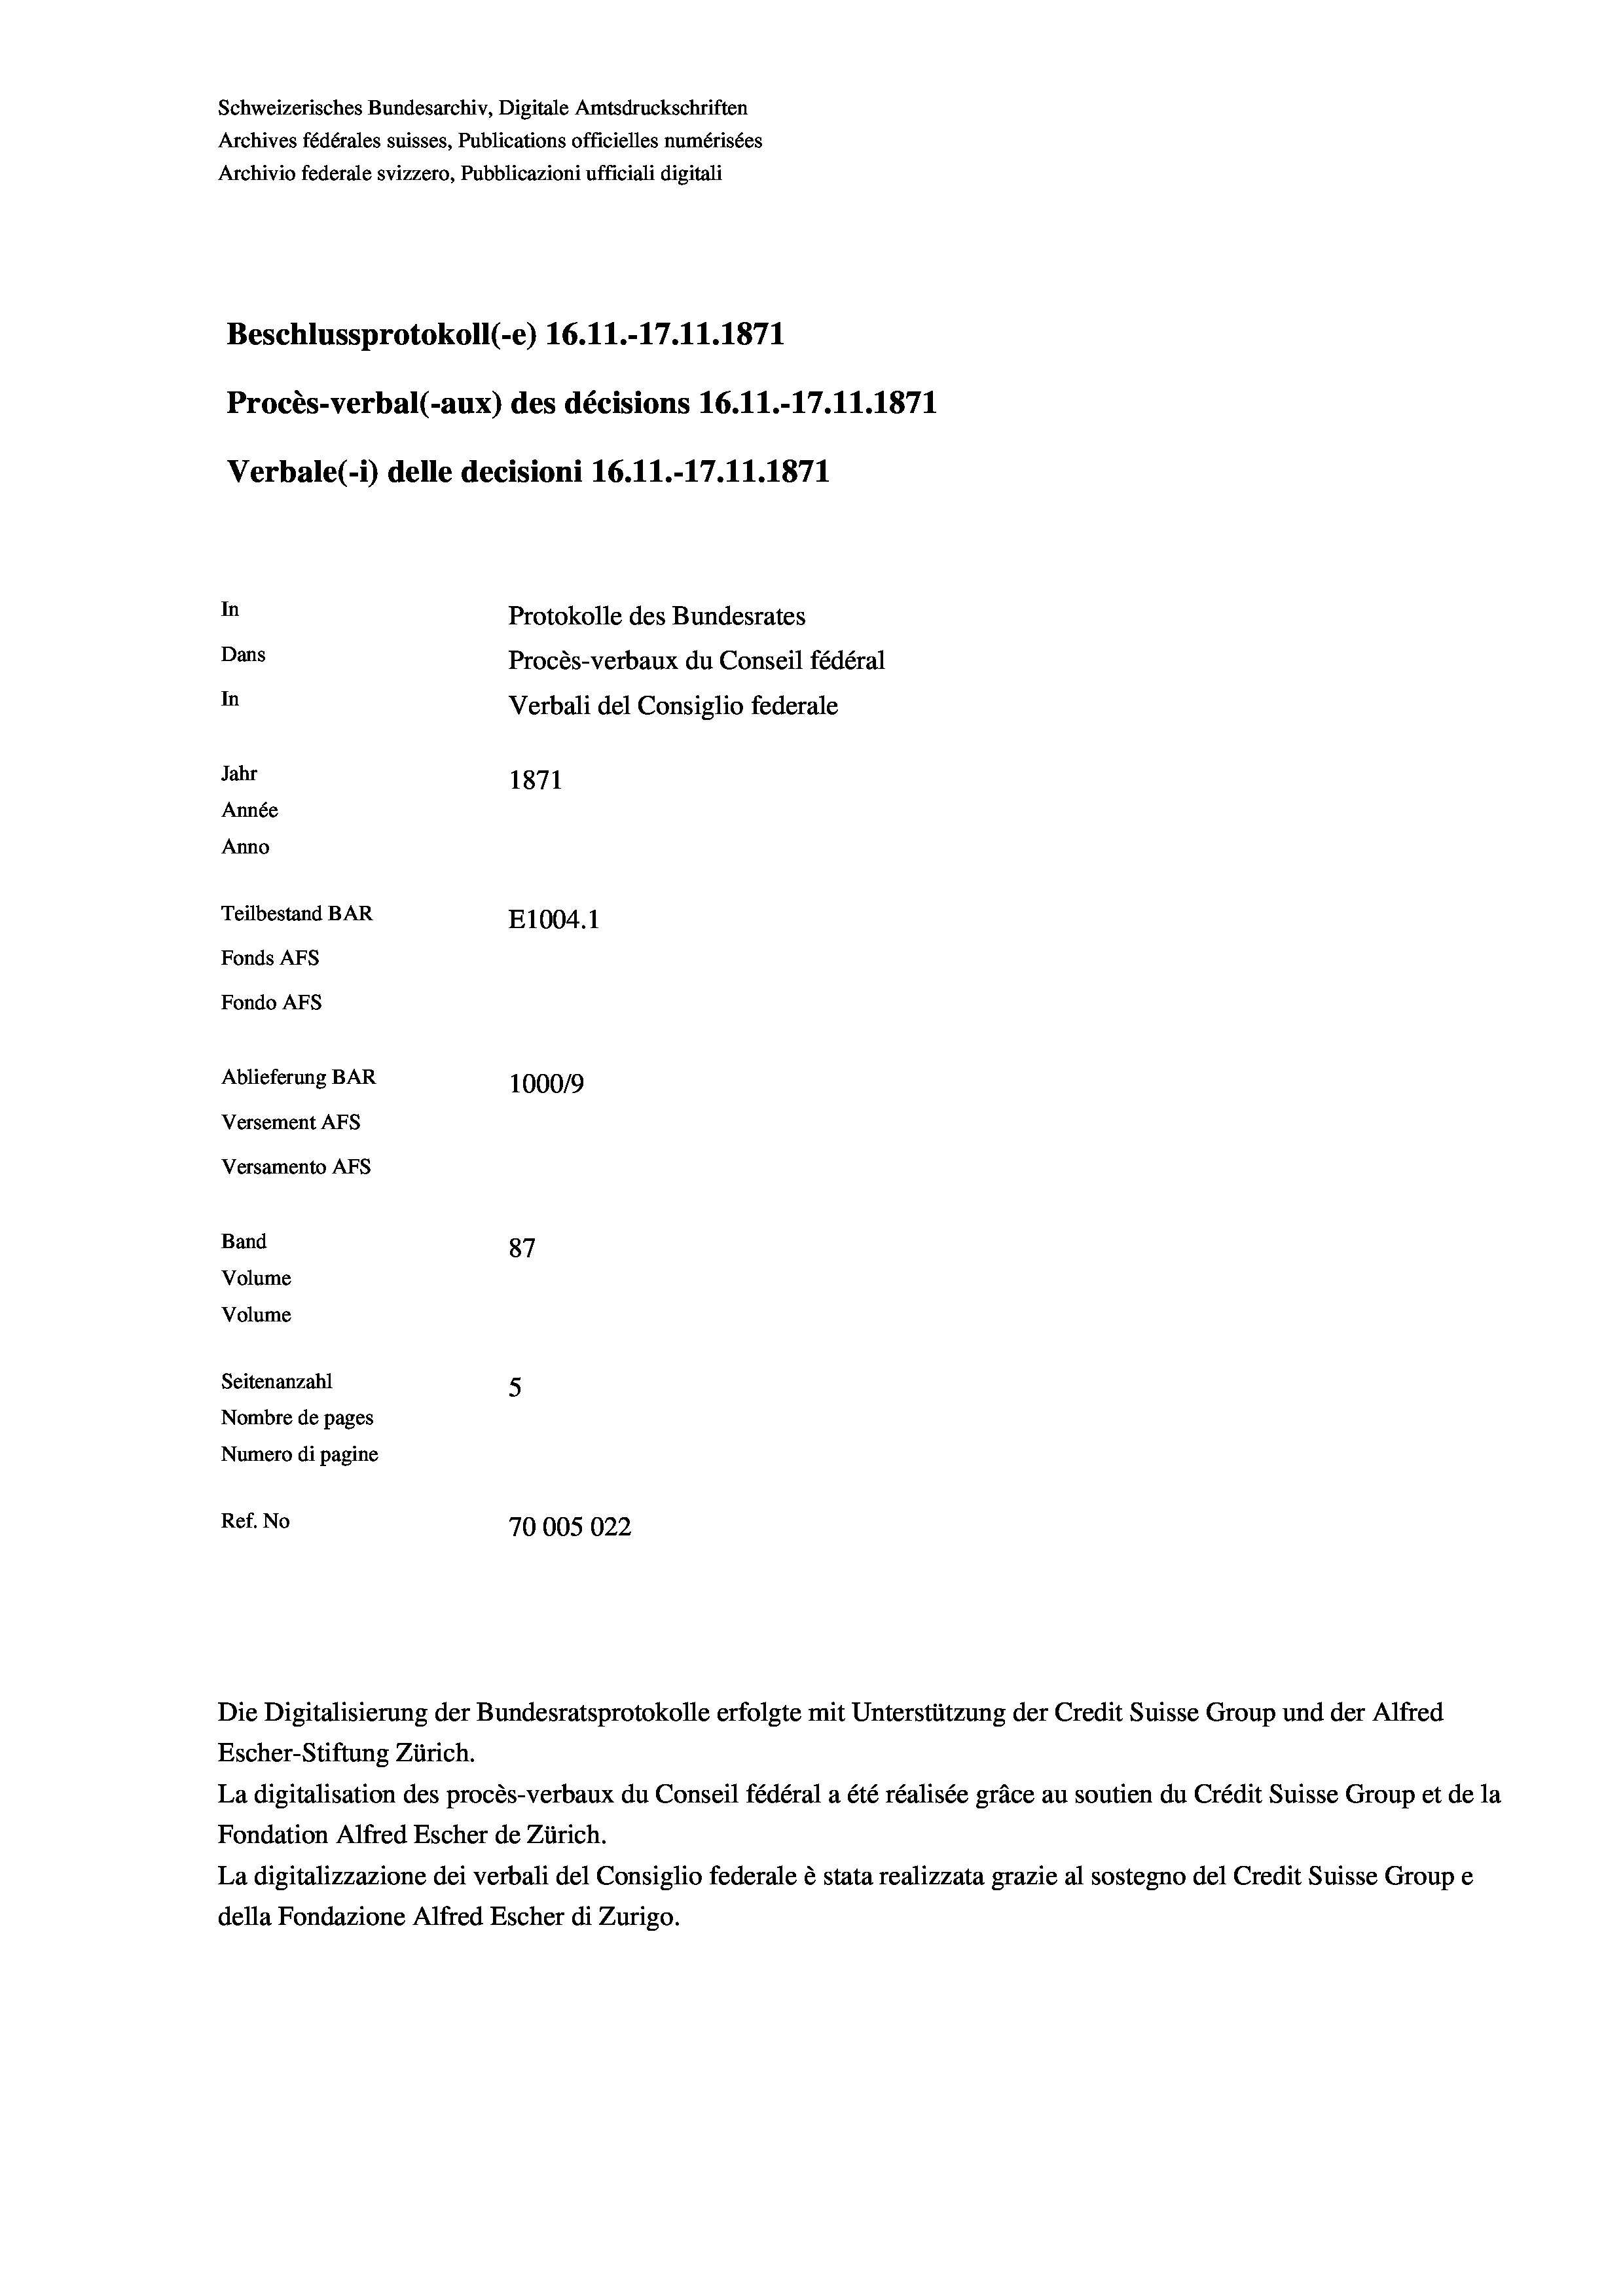
Schweizerisches Bundesarchiv, Digitale Amtsdruckschriften
Archives fédérales suisses, Publications officielles numérisées
Archivio federale svizzero, Pubblicazioni ufficiali digitali
Beschlussprotokoll (-e) 16.11.-17.11.1871
Procès-verbal (-aux) des décisions 16.11.-17.11.1871
Verbale(-*) delle decisioni 16.11.-17.11.1871
In
Protokolle des Bundesrates
Dans
Procès-verbaux du Conseil fédéral
In
Verbali del Consiglio federale
Jahr
1871
Année
Anno
Teilbestand BAR
E1004. 1
Fonds Afs
Fondo AFs
Ablieferung BAR
100019
Versement AFs
Versamento AFs

87
5
Nombre de pages
Numero di pagine
Ref. No
70005022

Band
Volume
Volume

Seitenanzahl

Escher-Stiftung Zürich.
La digitalisation des procès-verbaux du Conseil fédéral a été réalisée gräce au soutien du Crédit Suisse Group et de la
Fondation Alfred Escher de Zürich.
La digitalizzazione dei verbali del Consiglio federale è stata realizzata grazie al sostegno del Credit Suisse Groupe
della Fondazione Alfred Escher di Zurigo.

Die Digitalisierung der Bundesratsprotokolle erfolgte mit Unterstützung der Credit Suisse Group und der Alfred